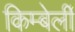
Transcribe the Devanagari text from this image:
किम्बेर्ली